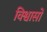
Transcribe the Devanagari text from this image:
विश्वासो